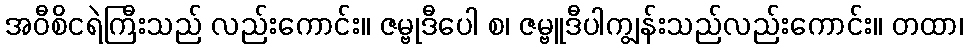
အဝီစိငရဲကြီးသည် လည်းကောင်း။ ဇမ္ဗုဒီပေါ စ၊ ဇမ္ဗူဒီပါကျွန်းသည်လည်းကောင်း။ တထာ၊